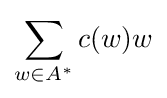
\sum _{w\in A^{*}}c(w)w